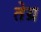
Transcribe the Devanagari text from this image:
तेग्र